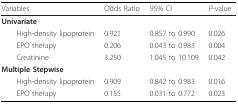
<table><thead><tr><td><b>Variables</b></td><td><b>Odds Ratio</b></td><td><b>95% CI</b></td><td><b><i>P</i>-value</b></td></tr></thead><tbody><tr><td><b>Univariate</b></td><td></td><td></td><td></td></tr><tr><td> High-density lipoprotein</td><td>0.921</td><td>0.857 to 0.990</td><td>0.026</td></tr><tr><td> EPO therapy</td><td>0.206</td><td>0.043 to 0.983</td><td>0.004</td></tr><tr><td> Creatinine</td><td>3.250</td><td>1.045 to 10.109</td><td>0.042</td></tr><tr><td><b>Multiple Stepwise</b></td><td></td><td></td><td></td></tr><tr><td> High-density lipoprotein</td><td>0.909</td><td>0.842 to 0.983</td><td>0.016</td></tr><tr><td> EPO therapy</td><td>0.155</td><td>0.031 to 0.772</td><td>0.023</td></tr></tbody></table>